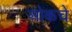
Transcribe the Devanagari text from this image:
ओकचे